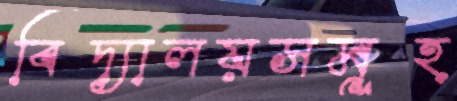
বিদ্যালয়সমূহ